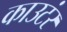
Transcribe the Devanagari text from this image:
काउटंर